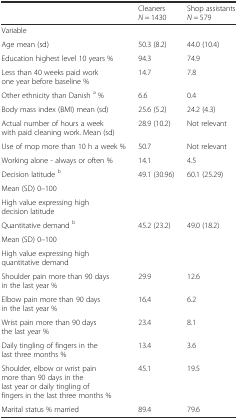
<table><thead><tr><td></td><td><b>Cleaners <i>N</i> = 1430</b></td><td><b>Shop assistants <i>N</i> = 579</b></td></tr></thead><tbody><tr><td>Variable</td><td></td><td></td></tr><tr><td>Age mean (sd)</td><td>50.3 (8.2)</td><td>44.0 (10.4)</td></tr><tr><td>Education highest level 10 years %</td><td>94.3</td><td>74.9</td></tr><tr><td>Less than 40 weeks paid work one year before baseline %</td><td>14.7</td><td>7.8</td></tr><tr><td>Other ethnicity than Danish <sup>a</sup> %</td><td>6.6</td><td>0.4</td></tr><tr><td>Body mass index (BMI) mean (sd)</td><td>25.6 (5.2)</td><td>24.2 (4.3)</td></tr><tr><td>Actual number of hours a week with paid cleaning work. Mean (sd)</td><td>28.9 (10.2)</td><td>Not relevant</td></tr><tr><td>Use of mop more than 10 h a week %</td><td>50.7</td><td>Not relevant</td></tr><tr><td>Working alone - always or often %</td><td>14.1</td><td>4.5</td></tr><tr><td>Decision latitude <sup>b</sup></td><td rowspan="3">49.1 (30.96)</td><td rowspan="3">60.1 (25.29)</td></tr><tr><td>Mean (SD) 0–100</td></tr><tr><td>High value expressing high decision latitude</td></tr><tr><td>Quantitative demand <sup>b</sup></td><td rowspan="3">45.2 (23.2)</td><td rowspan="3">49.0 (18.2)</td></tr><tr><td>Mean (SD) 0–100</td></tr><tr><td>High value expressing high quantitative demand</td></tr><tr><td>Shoulder pain more than 90 days in the last year %</td><td>29.9</td><td>12.6</td></tr><tr><td>Elbow pain more than 90 days in the last year %</td><td>16.4</td><td>6.2</td></tr><tr><td>Wrist pain more than 90 days the last year %</td><td>23.4</td><td>8.1</td></tr><tr><td>Daily tingling of fingers in the last three months %</td><td>13.4</td><td>3.6</td></tr><tr><td>Shoulder, elbow or wrist pain more than 90 days in the last year or daily tingling of fingers in the last three months %</td><td>45.1</td><td>19.5</td></tr><tr><td>Marital status % married</td><td>89.4</td><td>79.6</td></tr></tbody></table>